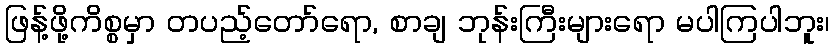
ဖြန့်ဖို့ကိစ္စမှာ တပည့်တော်ရော, စာချ ဘုန်းကြီးများရော မပါကြပါဘူး၊